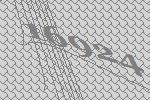
16924